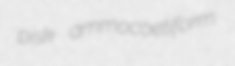
pisk ammocoetiform